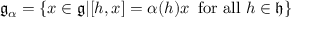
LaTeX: { \mathfrak { g } } _ { \alpha } = \{ x \in { \mathfrak { g } } | [ h , x ] = \alpha ( h ) x \, { \mathrm { ~ f o r ~ a l l ~ } } h \in { \mathfrak { h } } \}